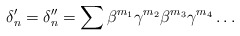
\begin{align*}\delta_n'=\delta_n''=\sum\beta^{m_1}\gamma^{m_2}\beta^{m_3}\gamma^{m_4}\ldots\end{align*}